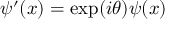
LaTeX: \psi ^ { \prime } ( x ) = \exp ( i \theta ) \psi ( x )